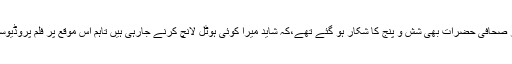
میڈیا سے بات کرتے ہوئے میرا کا بار بار کہنا تھا کہ وہ ’’ہوٹل‘‘ ریلیز کرنے جا رہی ہیں جس پر صحافی حضرات بھی شش و پنج کا شکار ہو گئے تھے،کہ شاید میرا کوئی ہوٹل لانچ کرنے جارہی ہیں تاہم اس موقع پر فلم پروڈیوسر نے تصیح کی کہ اداکارہ مِیرا کوئی ہوٹل نہیں بلکہ اپنی نئی فلم ’’ہوٹل‘‘ ریلیز کرنے جا رہی ہیں۔